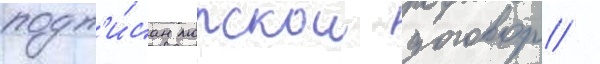
подп'и́сан морскои договор /